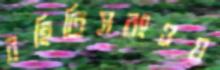
রহিতিসরংওয়